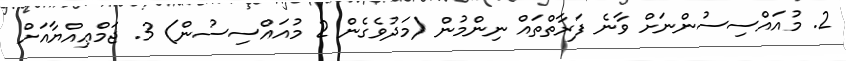
2. މުއައްސިސުންނަށް ވާނެ ފަރާތްތައް ނިންމުން (މަދުވެގެން 2 މުއައްސިސުން) 3. ޖަމްޢިއްޔާއަށް